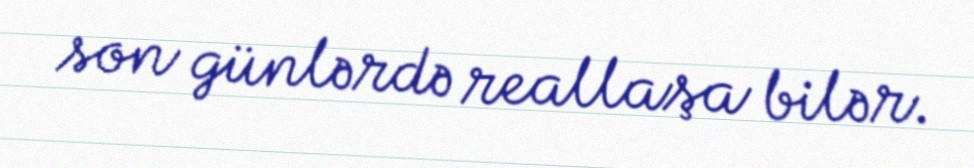
son günlərdə reallaşa bilər.